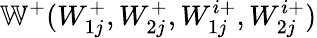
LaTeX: \mathbb{W}^{+}(W_{1j}^{+},W_{2j}^{+},W_{1j}^{i+},W_{2j}^{i+})